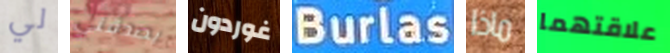
لي يصدقني غوردون Burlas ماذا علاقتهما